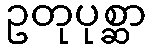
ဥတုပုစ္ဆာ